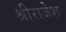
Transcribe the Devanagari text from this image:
श्रीराजेश